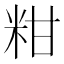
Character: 粓